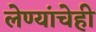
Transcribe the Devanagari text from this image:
लेण्यांचेही